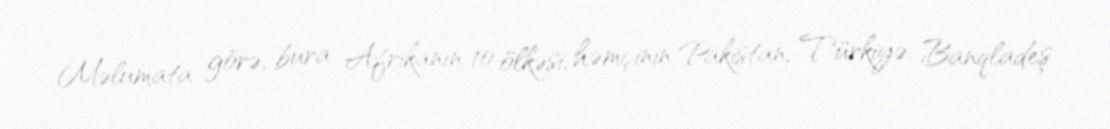
Məlumata görə, bura Afrikanın 10 ölkəsi, həmçinin Pakistan, Türkiyə, Banqladeş